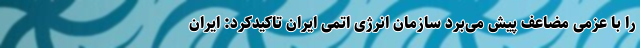
را با عزمی مضاعف پیش می‌برد سازمان انرژی اتمی ایران تاکیدکرد: ایران